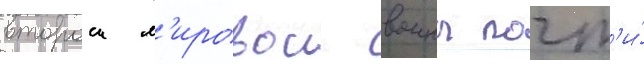
второи м'ировои воины почт'и́